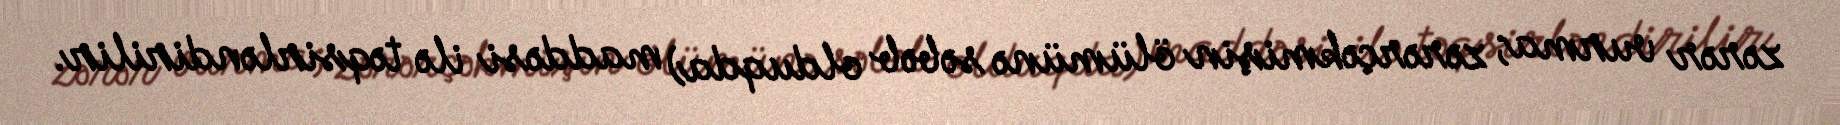
zərər vurma; zərərçəkmişin ölümünə səbəb olduqda) maddəsi ilə təqsirləndirilir.